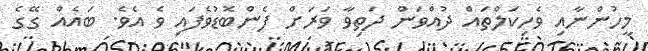
މީހުންނާއި ވެހިކަލްތައް ދުއްވަން ދަތިވާ ވަރަށް ފެންބޮޑުވެފައި ވެ އެވެ. ބައެއް ގޭގެ